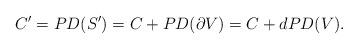
LaTeX: \begin{align*}C' = PD (S') = C+ PD(\partial V) = C+d PD (V).\end{align*}